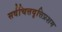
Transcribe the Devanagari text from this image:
सर्वचित्तवृत्तिप्रशम